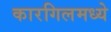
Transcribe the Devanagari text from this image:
कारगिलमध्ये